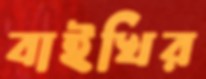
বাইখির